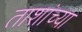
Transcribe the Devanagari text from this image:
ताशांच्या